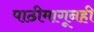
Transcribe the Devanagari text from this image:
पाठीमागूनही